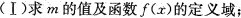
(Ⅰ)求m的值及函数f(x)的定义域；